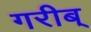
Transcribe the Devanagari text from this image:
गरीब्